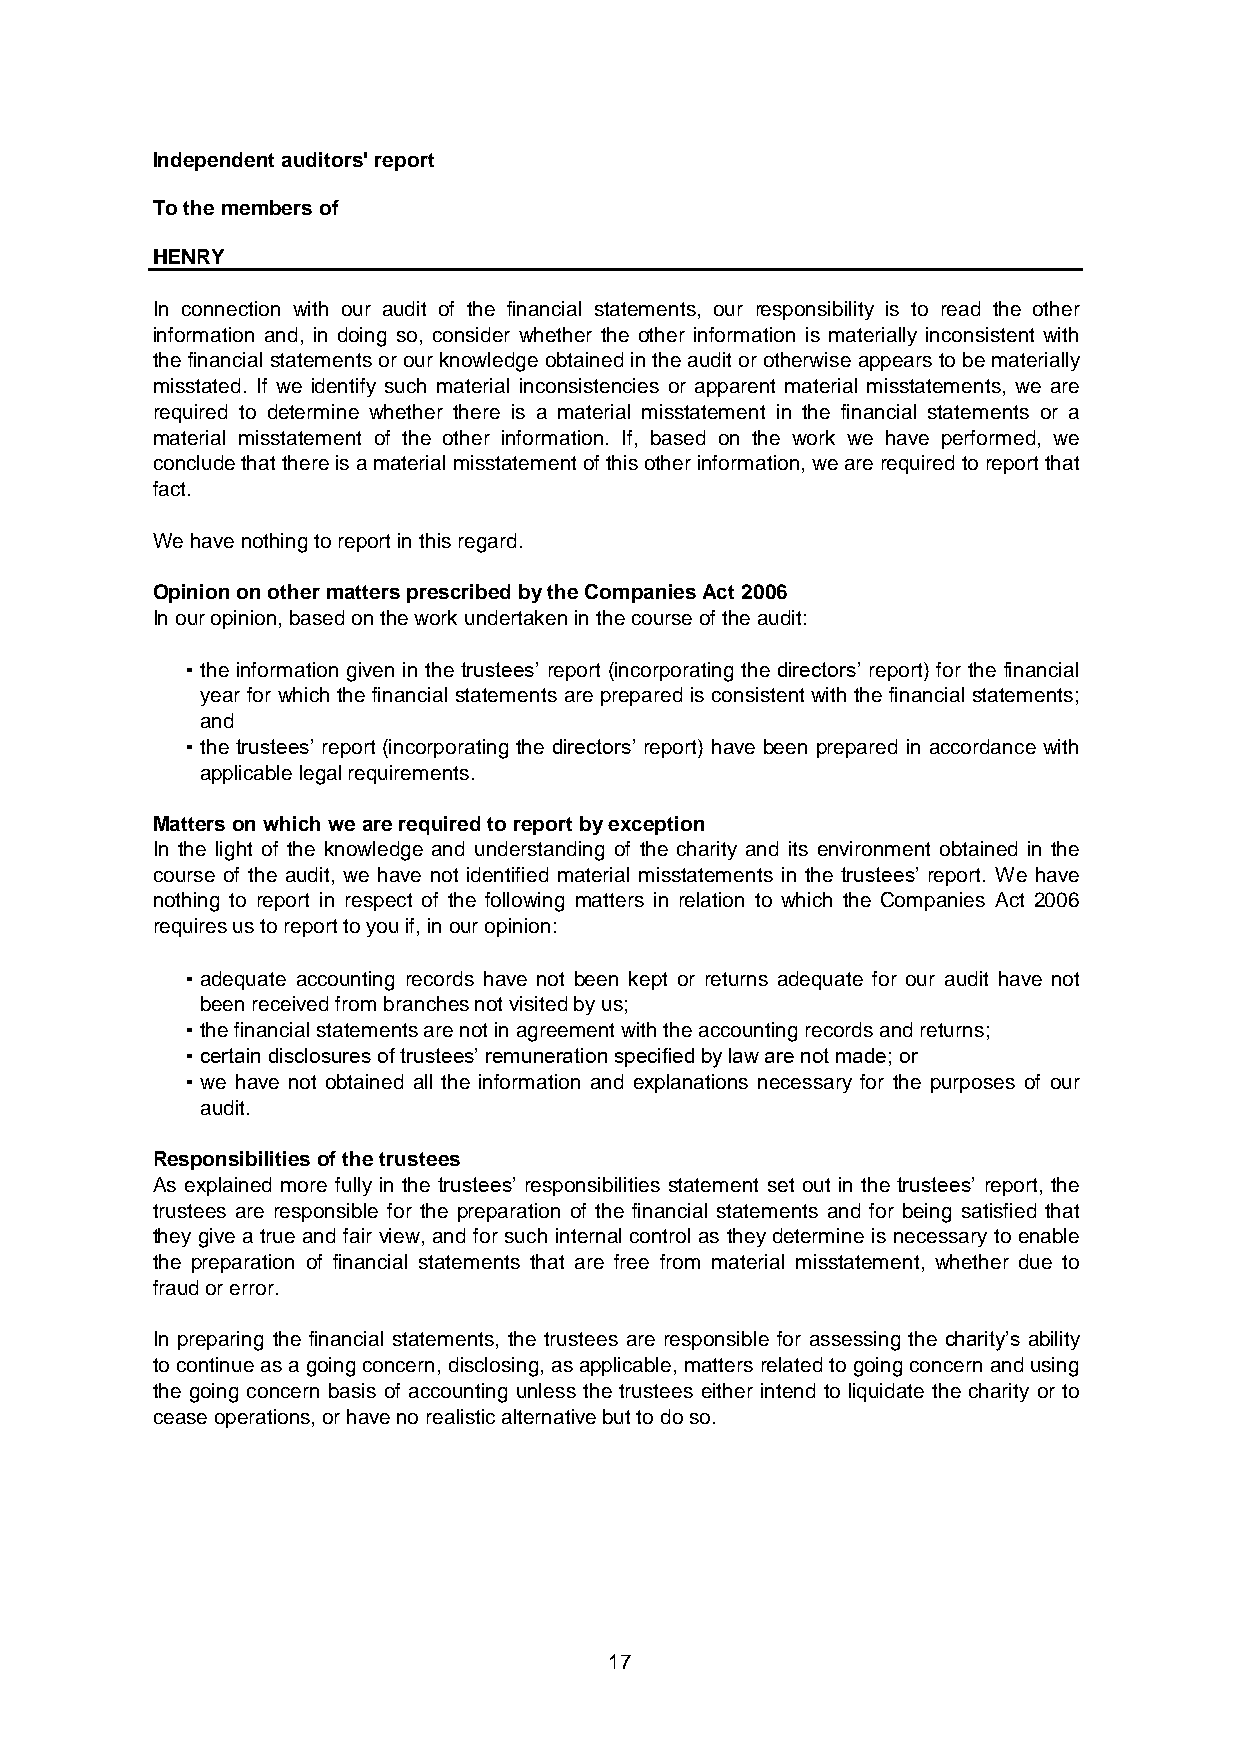
Independent auditors' report
 To the members of
 HENRY
 In connection with our audit of the financial statements, our responsibility is to read the other
 information and, in doing so, consider whether the other information is materially inconsistent with
 thefinancialstatements or our knowledgeobtainedin theauditorotherwiseappears tobematerially
 misstated. If we identify such material inconsistencies or apparent material misstatements, we are
 required to determine whether there is a material misstatement in the financial statements or a
 material misstatement of the other information. If, based on the work we have performed, we
 concludethatthereisamaterialmisstatementofthisotherinformation,wearerequiredtoreportthat
 fact.
 We have nothing to report in this regard.
 Opinion on other matters prescribed by the Companies Act 2006
 In our opinion, based on the work undertaken in the course of the audit:
 ▪ the information given in the trustees’ report (incorporating the directors’ report) for the financial
 year for which the financial statements are prepared is consistent withthe financialstatements;
 and
 ▪ the trustees’ report (incorporating the directors’ report) have been prepared in accordance with
 applicable legal requirements.
 Matters on which we are required to report by exception
 In the light of the knowledge and understanding of the charity and its environment obtained in the
 course of the audit, we have not identified material misstatements in the trustees’ report. We have
 nothing to report in respect of the following matters in relation to which the Companies Act 2006
 requires us to report to you if, in our opinion:
 ▪ adequate accounting records have not been kept or returns adequate for our audit have not
 been received from branches not visited by us;
 ▪ the financial statements are not in agreement with the accounting records and returns;
 ▪ certain disclosures of trustees’ remuneration specified by law are not made; or
 ▪ we have not obtained all the information and explanations necessary for the purposes of our
 audit.
 Responsibilities of the trustees
 As explained more fully in the trustees’ responsibilities statement set out in the trustees’ report, the
 trustees are responsible for the preparation of the financial statements and for being satisfied that
 theygive a true and fair view, and for such internal control as theydetermine is necessary to enable
 the preparation of financial statements that are free from material misstatement, whether due to
 fraud or error.
 In preparing the financial statements, the trustees are responsible for assessing the charity’s ability
 tocontinueasagoingconcern,disclosing,asapplicable,mattersrelatedtogoingconcern andusing
 the going concern basis of accounting unless the trustees either intend to liquidate the charity or to
 cease operations, or have no realistic alternative but to do so.
 17